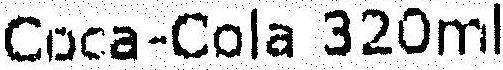
COCA-COLA 320ML